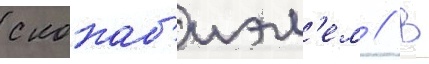
с кокаб'иэл'ем // В